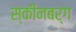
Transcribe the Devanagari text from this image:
स्कीनबर्ग